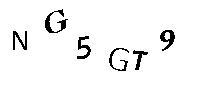
NG5GT9